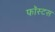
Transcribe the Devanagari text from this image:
फॉस्टस